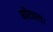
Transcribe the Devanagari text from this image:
घोटाला।